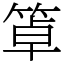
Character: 䈇